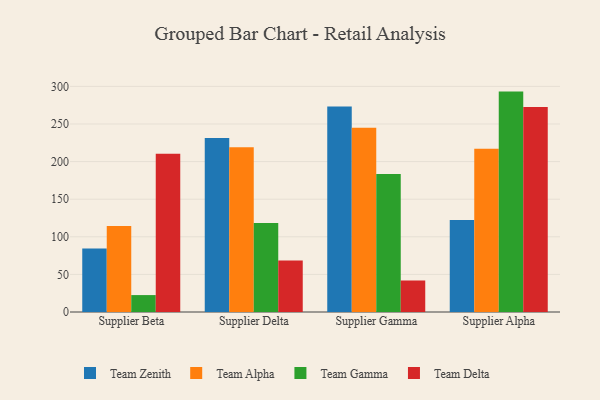
{"axis": {"x": "Supplier", "y": "Demand Index"}, "legend": ["Team Alpha", "Team Delta", "Team Gamma", "Team Zenith"], "data": [{"x": "Supplier Beta", "y": 84.5, "type": "Team Zenith"}, {"x": "Supplier Beta", "y": 114.5, "type": "Team Alpha"}, {"x": "Supplier Beta", "y": 22.5, "type": "Team Gamma"}, {"x": "Supplier Beta", "y": 210.4, "type": "Team Delta"}, {"x": "Supplier Delta", "y": 231.4, "type": "Team Zenith"}, {"x": "Supplier Delta", "y": 219.2, "type": "Team Alpha"}, {"x": "Supplier Delta", "y": 118.2, "type": "Team Gamma"}, {"x": "Supplier Delta", "y": 68.5, "type": "Team Delta"}, {"x": "Supplier Gamma", "y": 273.4, "type": "Team Zenith"}, {"x": "Supplier Gamma", "y": 245.0, "type": "Team Alpha"}, {"x": "Supplier Gamma", "y": 183.4, "type": "Team Gamma"}, {"x": "Supplier Gamma", "y": 41.9, "type": "Team Delta"}, {"x": "Supplier Alpha", "y": 122.4, "type": "Team Zenith"}, {"x": "Supplier Alpha", "y": 217.1, "type": "Team Alpha"}, {"x": "Supplier Alpha", "y": 293.1, "type": "Team Gamma"}, {"x": "Supplier Alpha", "y": 272.5, "type": "Team Delta"}]}